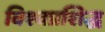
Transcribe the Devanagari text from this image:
विश्वप्रशिद्ध